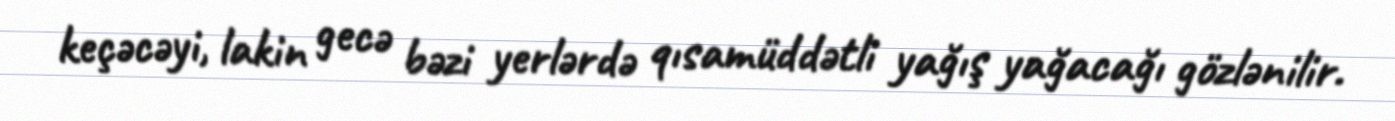
keçəcəyi, lakin gecə bəzi yerlərdə qısamüddətli yağış yağacağı gözlənilir.